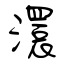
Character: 澴